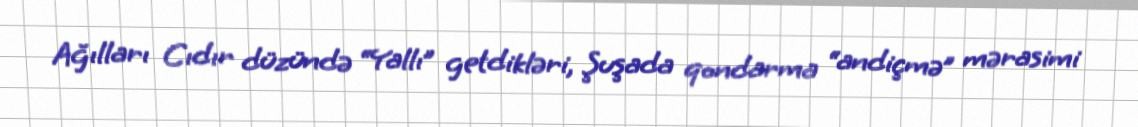
Ağılları Cıdır düzündə “Yallı” getdikləri, Şuşada qondarma “andiçmə” mərasimi